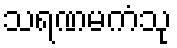
သရဏမကံသု